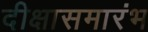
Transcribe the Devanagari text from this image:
दीक्षासमारंभ